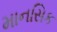
માનસિક